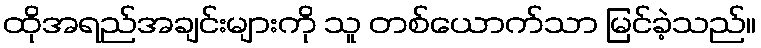
ထိုအရည်အချင်းများကို သူ တစ်ယောက်သာ မြင်ခဲ့သည်။